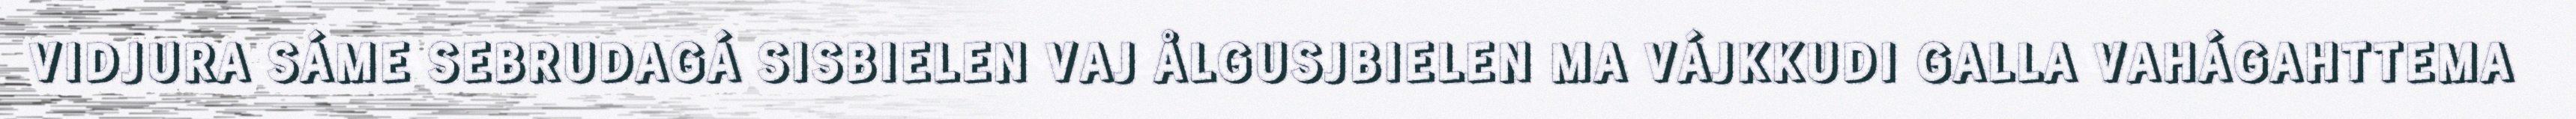
VIDJURA SÁME SEBRUDAGÁ SISBIELEN VAJ ÅLGUSJBIELEN MA VÁJKKUDI GALLA VAHÁGAHTTEMA